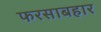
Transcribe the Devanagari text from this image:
फरसाबहार